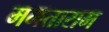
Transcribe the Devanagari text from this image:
ममताराम